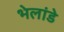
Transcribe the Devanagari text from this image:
भेलांडे